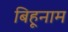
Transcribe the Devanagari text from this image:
बिहूनाम